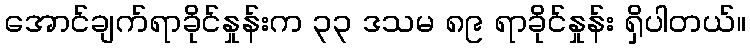
အောင်ချက်ရာခိုင်နှုန်းက ၃၃ ဒသမ ၈၉ ရာခိုင်နှုန်း ရှိပါတယ်။